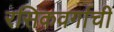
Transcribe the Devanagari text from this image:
रसिकवर्गाची